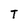
Character: T